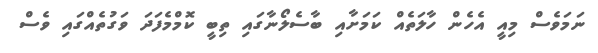
ނަމަވެސް މިއީ އެހެން ހާލަތެއް ކަމަށާއި ބާސެލޯނާގައި ތިބީ ކޮމްމެފަދަ ވަގުތެއްގައި ވެސް